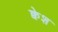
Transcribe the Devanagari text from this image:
क्वेश